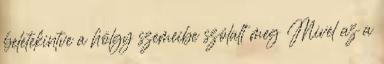
beletekintve a hölgy szemeibe szólalt meg Mivel az a